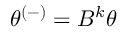
\theta ^ { ( - ) } = B ^ { k } \theta